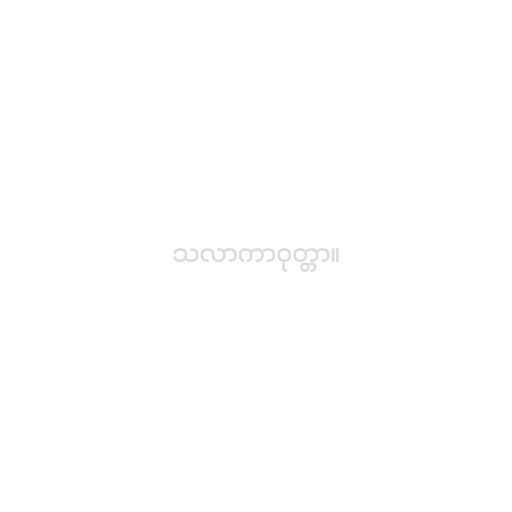
သလာကာဝုတ္တာ။